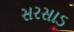
સરસાડ